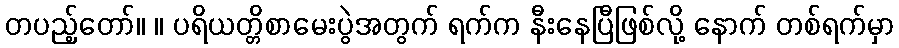
တပည့်တော်။ ။ ပရိယတ္တိစာမေးပွဲအတွက် ရက်က နီးနေပြီဖြစ်လို့ နောက် တစ်ရက်မှာ